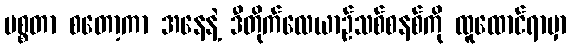
မစ္စတာ စတော့ကာ အနေနဲ့ ဒီတိုက်လေယာဉ်သစ်စနစ်ကို ထူထောင်ရာမှာ